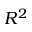
R ^ { 2 }